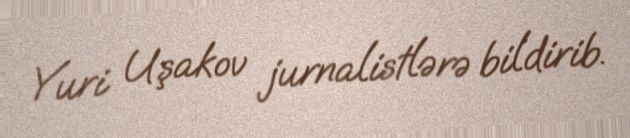
Yuri Uşakov jurnalistlərə bildirib.